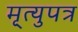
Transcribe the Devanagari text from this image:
मृ्त्युपत्र